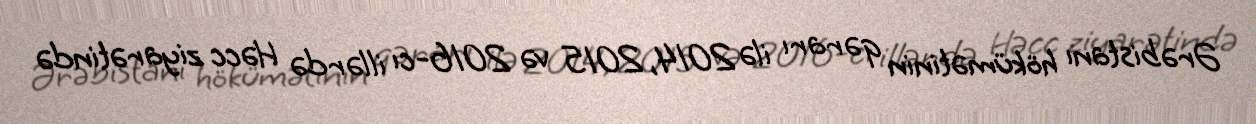
Ərəbistanı hökümətinin qərarı ilə 2014, 2015 və 2016-cı illərdə Həcc ziyarətində